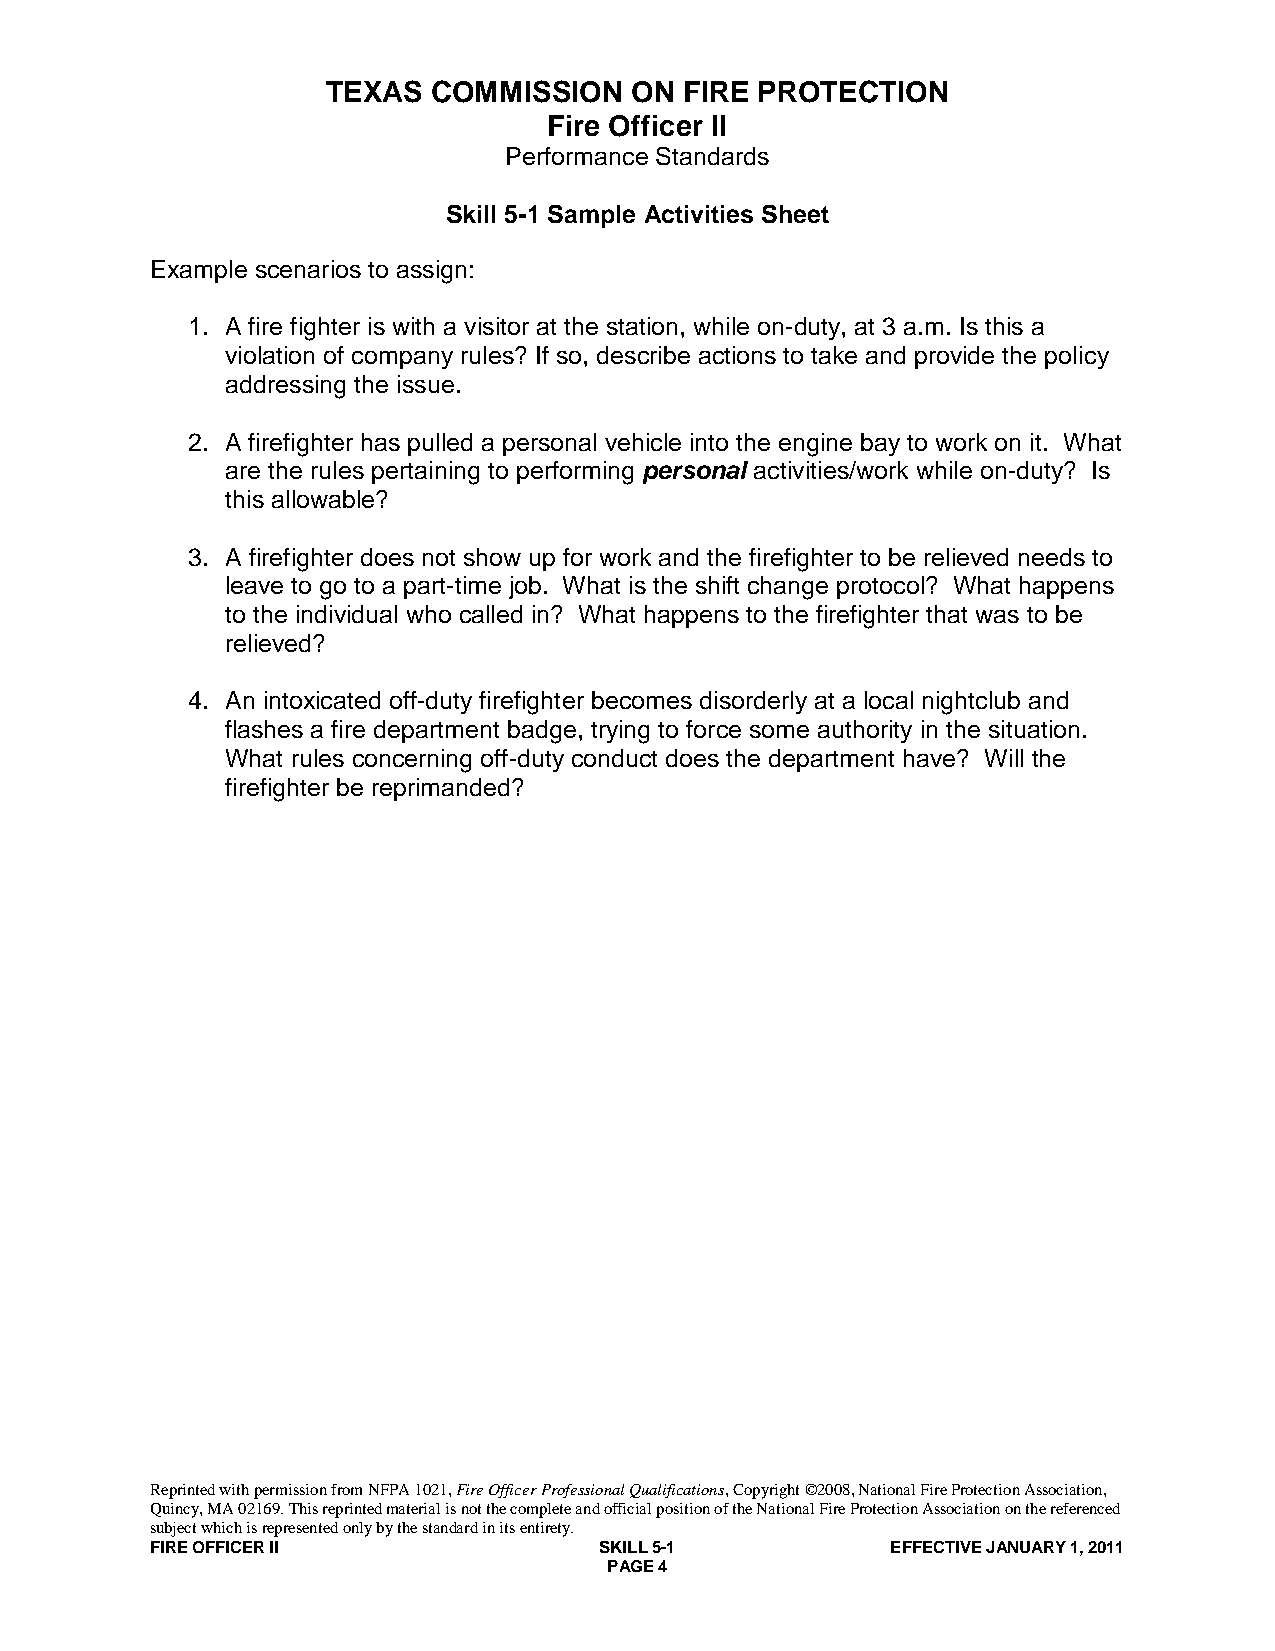
TEXAS  COMMISSION   ON FIRE PROTECTION
 Fire Officer II
 Performance Standards
 Skill 5-1 Sample Activities Sheet
 Example scenarios to assign:
 1. A fire fighter is with a visitor at the station, while on-duty, at 3 a.m. Is this a
 violation of company rules? If so, describe actions to take and provide the policy
 addressing the issue.
 2. A firefighter has pulled a personal vehicle into the engine bay to work on it. What
 are the rules pertaining to performing personal activities/work while on-duty? Is
 this allowable?
 3. A firefighter does not show up for work and the firefighter to be relieved needs to
 leave to go to a part-time job. What is the shift change protocol? What happens
 to the individual who called in? What happens to the firefighter that was to be
 relieved?
 4. An intoxicated off-duty firefighter becomes disorderly at a local nightclub and
 flashes a fire department badge, trying to force some authority in the situation.
 What rules concerning off-duty conduct does the department have? Will the
 firefighter be reprimanded?
 Reprinted with permission from NFPA 1021, Fire Officer Professional Qualifications, Copyright ©2008, National Fire Protection Association,
 Quincy, MA 02169. This reprinted material is not the complete and official position of the National Fire Protection Association on the referenced
 subject which is represented only by the standard in its entirety.
 FIRE OFFICER II               SKILL 5-1          EFFECTIVE JANUARY 1, 2011
 PAGE 4